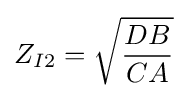
Z_{I2}={\sqrt {\frac {DB}{CA}}}